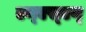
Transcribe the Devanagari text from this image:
एम्‌एस्‌एन्‌